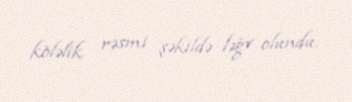
köləlik rəsmi şəkildə ləğv olundu.